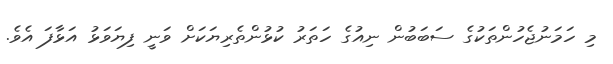
މި ހަމަނުޖެހުންތަކުގެ ސަބަބުން ނިއުގެ ހަތަރު ކުޅުންތެރިޔަކަށް ވަނީ ފިޔަވަޅު އަޅާފަ އެވެ.